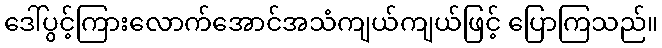
ဒေါ်ပွင့်ကြားလောက်အောင်အသံကျယ်ကျယ်ဖြင့် ပြောကြသည်။